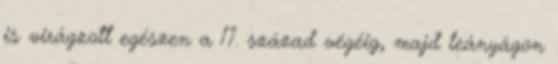
is virágzott egészen a 17. század végéig, majd leányágon